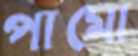
পামো